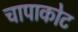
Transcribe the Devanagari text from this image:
चापाकोट